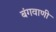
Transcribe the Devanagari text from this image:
बंगवाणी